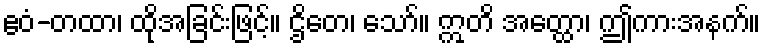
ဧဝံ-တထာ၊ ထိုအခြင်းဖြင့်။ ဌိတေ၊ သော်။ ဣတိ အတ္ထော၊ ဤကားအနက်။